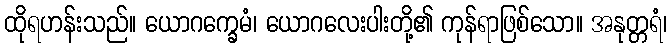
ထိုရဟန်းသည်။ ယောဂက္ခေမံ၊ ယောဂလေးပါးတို့၏ ကုန်ရာဖြစ်သော။ အနုတ္တရံ၊